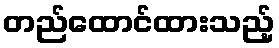
တည်ထောင်ထားသည့်